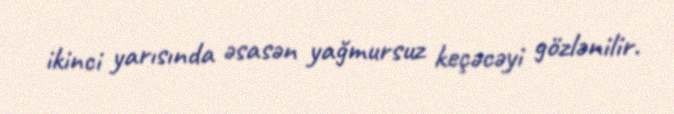
ikinci yarısında əsasən yağmursuz keçəcəyi gözlənilir.